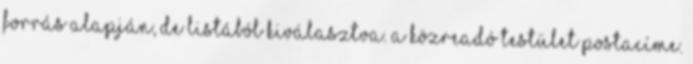
forrás alapján, de listából kiválasztva. A közreadó testület postacíme.